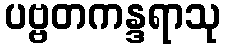
ပဗ္ဗတကန္ဒရာသု